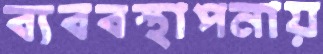
ব্যববস্থাপনায়